Civil Veterinary Department. Madras. Admin. report 1926-33 - 1926-1933
Year: 1926
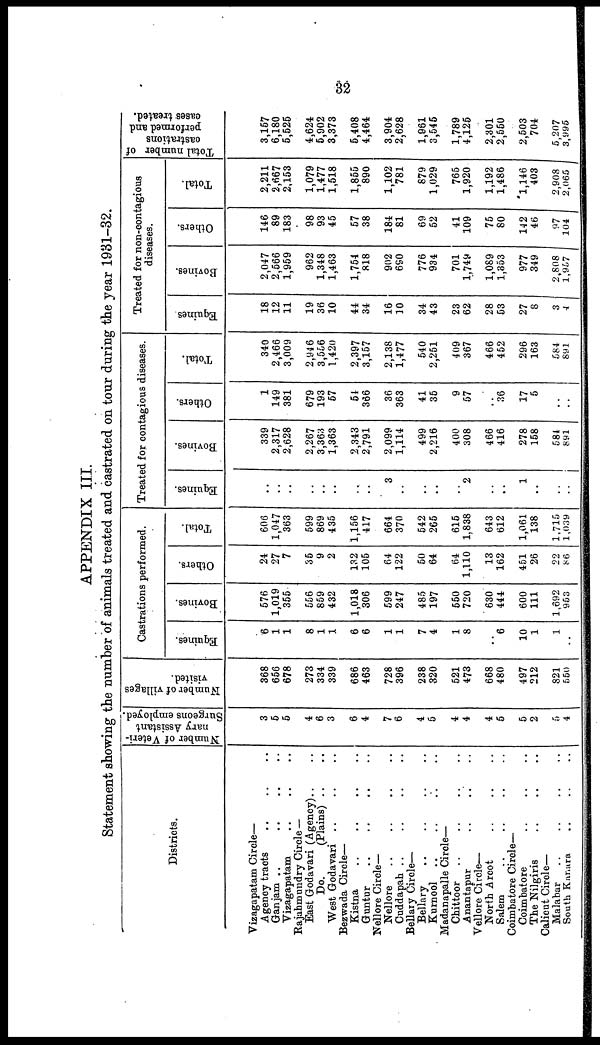
32
APPENDIX III.
Statement showing the number of animals treated and castrated on tour during the year 1981-32.
Districts.
Vizagapatam Circle—
Agency tracts .. .. ..
Ganjam .. .. .. ..
Vizagapatam .. .. ..
Rajahmundry Circle —
East Godavari (Agency) .. ..
Do.
(Plains) .. ..
West Godavari .. .. ..
Bezwada Circle—
Kistna
..
..
..
..
Guntur .. .. .. ..
Nellore Circle—
Nellore .. .. .. ..
Cuddapah .. .. .. ..
Bellary Circle—
Bellary .. .. .. ..
Kurnool .. .. .. ..
Madanapalle Circle—
Chittoor .. .. .. ..
Anantapur .. .. ..
Vellore Circle—
North Arcot .. .. ..
Salem .. .. .. ..
Coimbatore Circle—
Coimbatore .. .. ..
The Nilgiris .. .. ..
Calicut Circle—
Malabar .. .. .. ..
South Kanara. .. .. ..
Number of Veteri-
nary Assistant
Surgeons employed.
3
5
5
4
6
3
6
4
7
6
4
5
4
4
4
5
5
2
5
4
Number of villages
visited.
368
656
678
273
334
339
686
463
728
396
238
320
521
473
668
480
497
212
821
650
Castrations performed.
Equines.
6
1
1
8
1
1
6
6
1
1
7
4
1
8
..
6
10
1
1
..
Bovines.
576
1,019
355
556
859
432
1,018
306
599
247
485
197
550
720
630
444
600
111
1,692
953
Others.
24
27
7
35
9
2
132
105
64
122
50
64
64
1,110
13
162
451
26
22
86
Total.
606
1,047
363
599
869
435
1,156
417
664
370
542
265
615
1.838
643
612
1,061
138
1,715
1,039
Treated for contagious diseases.
Equines.
..
..
..
..
..
..
..
..
3
..
..
..
..
..
2
..
..
1
..
..
...
Bovines.
339
2,317
2,628
2,267
3,363
1,363
2,343
2,791
2,099
1,114
499
2,216
400
308
466
416
278
158
581
891
Others.
1
149
381
679
193
57
54
366
36
363
41
35
9
57
..
36
17
5
..
..
Total.
340
2,466
3,009
2,946
3,556
1,420
2,397
3,157
2,138
1,477
540
2,251
409
367
466
452
296
163
584
891
Treated for non-contagious
diseases.
Equines
18
12
11
19
36
10
44
34
16
10
34
43
23
62
28
53
27
8
3
4
Bovines.
2,047
2,566
1,959
962
1,348
1,463
1,754
818
902
690
776
934
701
1,749
1,089
1,353
977
349
2,808
1,957
Others.
146
89
183
98
93
45
57
38
184
81
69
52
41
109
75
80
142
46
97
104
Total.
2,211
2,667
2,153
1,079
1,477
1,518
1,855
890
1,102
781
879
1,029
765
1,920
1,192
1,486
1,146
403
2,908
2,065 I
Total number of
castrations
performed and
cases treated.
3,157
6,180
5,525
4,624
5,902
3,373
5,408
4,464
3,904
2,628
1,961
3,545
1,789
4,125
2,301
2,550
2,503
704
5,207
3,995